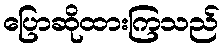
ပြောဆိုထားကြသည်